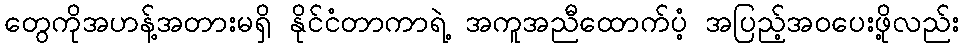
တွေကိုအဟန့်အတားမရှိ နိုင်ငံတာကာရဲ့ အကူအညီထောက်ပံ့ အပြည့်အဝပေးဖို့လည်း